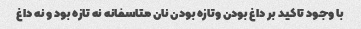
با وجود تاکید بر داغ بودن وتازه بودن نان متاسفانه نه تازه بود و نه داغ